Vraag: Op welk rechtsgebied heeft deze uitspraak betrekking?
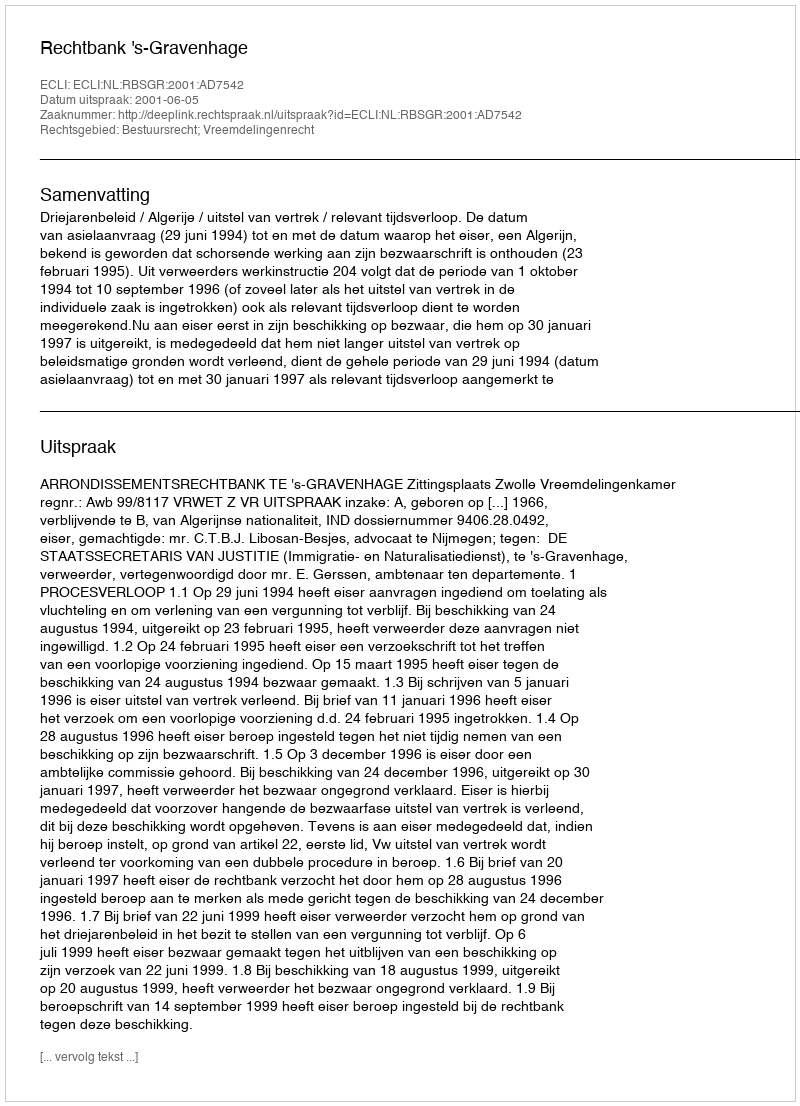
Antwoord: Bestuursrecht; Vreemdelingenrecht